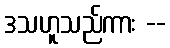
ဒသဟူသည်ကား --